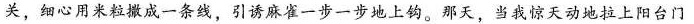
关，细心用米粒撤成一条线，引诱麻雀一步一步地上钩。那天，当我惊天动地拉上阳台门